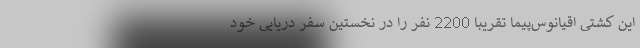
این کشتی اقیانوس‌پیما تقریبا 2200 نفر را در نخستین سفر دریایی خود